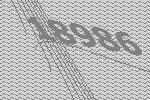
18986